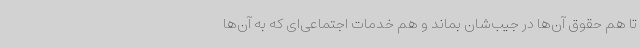
تا هم حقوق آن‌ها در جیب‌شان بماند و هم خدمات اجتماعی‌ای که به‌ آن‌ها